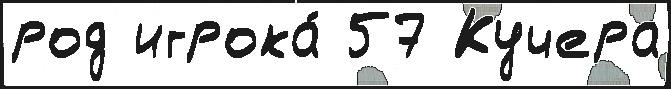
род игрока́ 57 Кучера